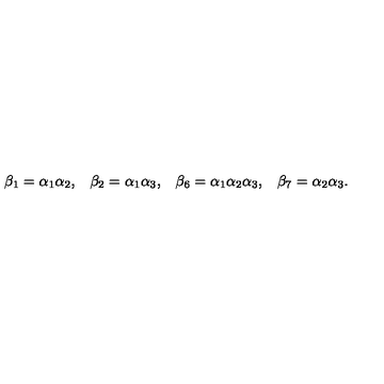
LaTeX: \begin{array} { l l l l } { \beta _ { 1 } = \alpha _ { 1 } \alpha _ { 2 } , } & { \beta _ { 2 } = \alpha _ { 1 } \alpha _ { 3 } , } & { \beta _ { 6 } = \alpha _ { 1 } \alpha _ { 2 } \alpha _ { 3 } , } & { \beta _ { 7 } = \alpha _ { 2 } \alpha _ { 3 } . } \\ \end{array}